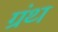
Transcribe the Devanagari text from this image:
ग्रंथ्‍ा